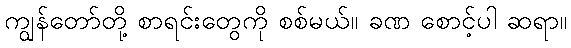
ကျွန်တော်တို့ စာရင်းတွေကို စစ်မယ်။ ခဏ စောင့်ပါ ဆရာ။